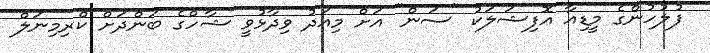
ފުލުހުންގެ މީޑިއާ އޮފިޝަލަކު "ސަން" އަށް މިއަދު ވިދާޅުވީ ޝާހްގެ ބަންދަށް ކްރިމިނަލް